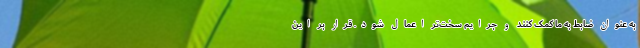
به عنوان ضابط به ما کمک کنند و جرایم سخت‌تر اعمال شود. قرار بر این